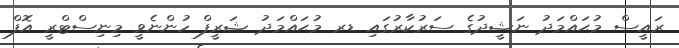
ރައީސް މުޙައްމަދު ނަޝީދުގެ ސަރުކާރުގައި ޑރ މުޙައްމަދު ޝަރީފް ހުންނެވީ މިނިސްޓްރީ އޮފް